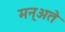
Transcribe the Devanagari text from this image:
मन्अते